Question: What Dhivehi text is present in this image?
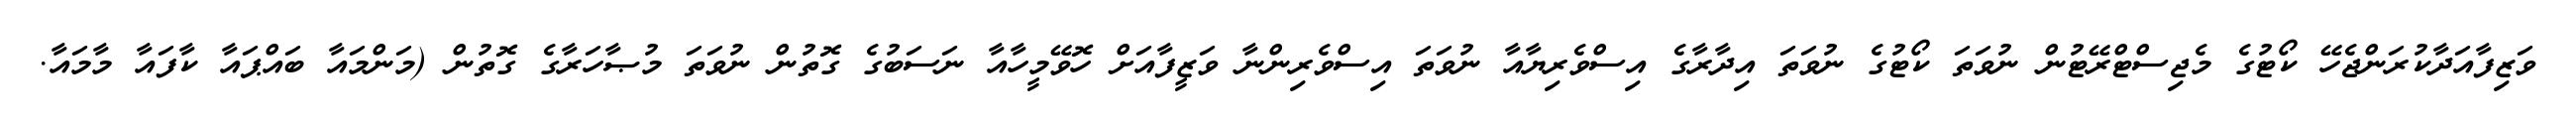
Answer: ވަޒިފާއަދާކުރަންޖެހޭ ކޯޓުގެ މެޖިސްޓްރޭޓުން ނުވަތަ ކޯޓުގެ ނުވަތަ އިދާރާގެ އިސްވެރިޔާއާ ނުވަތަ އިސްވެރިންނާ ވަޒީފާއަށް ހޮވޭމީހާއާ ނަސަބުގެ ގޮތުން ނުވަތަ މުޞާހަރާގެ ގޮތުން (މަންމައާ ބައްޕައާ ކާފައާ މާމައާ.